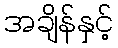
အချိန်နှင့်